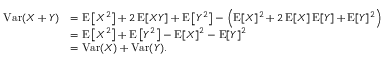
{ \begin{array} { r l } { \operatorname { V a r } ( X + Y ) } & { = \operatorname { E } \left[ X ^ { 2 } \right] + 2 \operatorname { E } [ X Y ] + \operatorname { E } \left[ Y ^ { 2 } \right] - \left( \operatorname { E } [ X ] ^ { 2 } + 2 \operatorname { E } [ X ] \operatorname { E } [ Y ] + \operatorname { E } [ Y ] ^ { 2 } \right) } \\ & { = \operatorname { E } \left[ X ^ { 2 } \right] + \operatorname { E } \left[ Y ^ { 2 } \right] - \operatorname { E } [ X ] ^ { 2 } - \operatorname { E } [ Y ] ^ { 2 } } \\ & { = \operatorname { V a r } ( X ) + \operatorname { V a r } ( Y ) . } \end{array} }